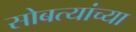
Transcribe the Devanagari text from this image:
सोबत्यांच्या